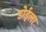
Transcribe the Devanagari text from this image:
डोईला